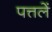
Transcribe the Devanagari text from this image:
पत्तलें